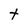
Character: t